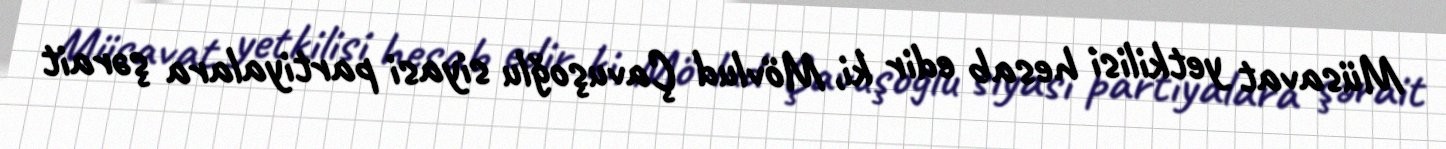
Müsavat yetkilisi hesab edir ki, Mövlud Çavuşoğlu siyasi partiyalara şərait